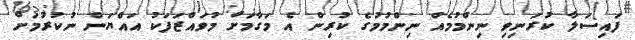
ފައިސަލާ ކުރަނިވި ނިންމުމެއް ނިންމުމުގެ ކުރިން އެ މަގާމަށް މުވައްޒަފަކު އައްޔަން ނުކުރުމަށް